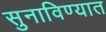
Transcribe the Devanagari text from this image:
सुनाविण्यात